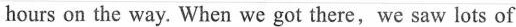
hours on the way. When we got there,we saw lots of